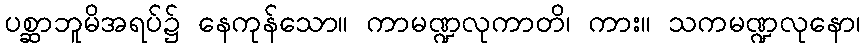
ပစ္ဆာဘူမိအရပ်၌ နေကုန်သော။ ကာမဏ္ဍလုကာတိ၊ ကား။ သကမဏ္ဍလုနော၊